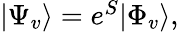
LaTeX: \begin{array}{r}{|\Psi_{v}\rangle=e^{S}|\Phi_{v}\rangle,}\end{array}